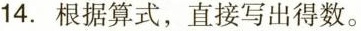
14.根据算式，直接写出得数。